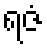
ရဇံ